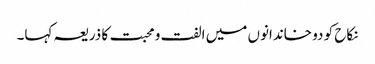
نکاح کو دو خاندانوں میں الفت و محبت کا ذریعہ کہا۔